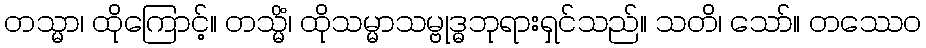
တသ္မာ၊ ထိုကြောင့်။ တသ္မိံ၊ ထိုသမ္မာသမ္ဗုဒ္ဓဘုရားရှင်သည်။ သတိ၊ သော်။ တဿေဝ